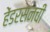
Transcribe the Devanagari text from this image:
हेंडरसनची